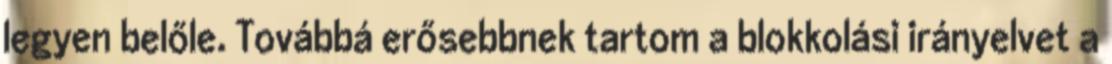
legyen belőle. Továbbá erősebbnek tartom a blokkolási irányelvet a